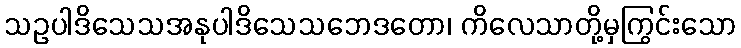
သဥပါဒိသေသအနုပါဒိသေသဘေဒတော၊ ကိလေသာတို့မှကြွင်းသော